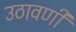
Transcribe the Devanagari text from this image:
उठावणी